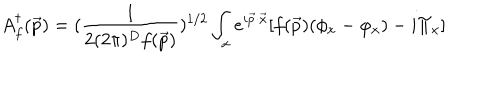
LaTeX: A _ { f } ^ { \dagger } ( \vec { p } ) = ( { \frac { 1 } { 2 ( 2 \pi ) ^ { D } f ( \vec { p } ) } } ) ^ { 1 / 2 } \int _ { x } e ^ { i \vec { p } \cdot \vec { x } } [ f ( \vec { p } ) ( \phi _ { x } - \varphi _ { x } ) - i \Pi _ { x } ]